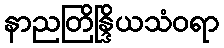
နာညတြိန္ဒြိယသံဝရာ